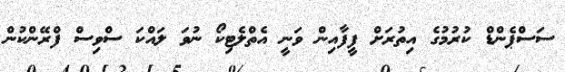
ސަސްޕެންޑް ކުރުމުގެ އިތުރަށް ފީފާއިން ވަނީ އެތްލެޓިކޯ ނުވަ ލައްކަ ސްވިސް ފްރޭންކުން